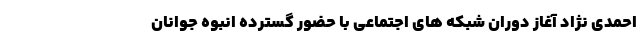
احمدی نژاد آغاز دوران شبکه های اجتماعی با حضور گسترده انبوه جوانان